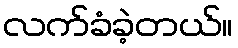
လက်ခံခဲ့တယ်။